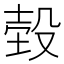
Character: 𣪝